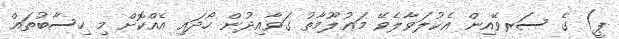
ޕީ) ގެ ސަރވޭއިން އެކުލަވާލެވޭ މަޢުލޫމާތު ގަވާއިދުން ހޯދައި އެއްކޮށް މި ހިސާބުތައް